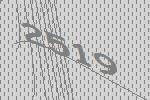
2519